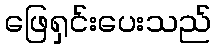
ဖြေရှင်းပေးသည်